画像に写った文字を読んでください
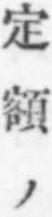
「定額ノ」と書いてあります